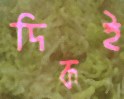
দিকই